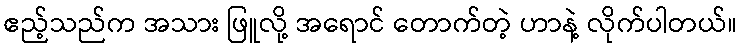
ဧည့်သည်က အသား ဖြူလို့ အရောင် တောက်တဲ့ ဟာနဲ့ လိုက်ပါတယ်။